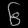
Digit: ၆